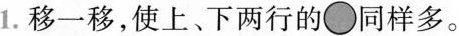
1.移一移，使上、下两行●的同样多。